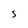
Character: S